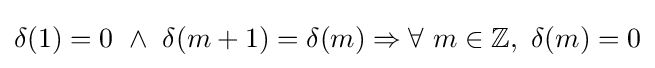
\delta (1)=0\ \wedge \ \delta (m+1)=\delta (m)\Rightarrow \forall \ m\in \mathbb {Z} ,\ \delta (m)=0